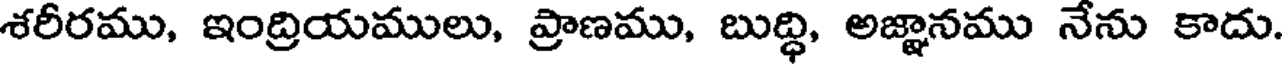
శరీరము, ఇంద్రియములు, ప్రాణము, బుద్ధి, అజ్ఞానము నేను కాదు.